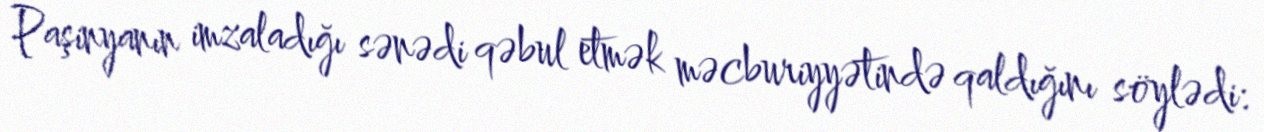
Paşinyanın imzaladığı sənədi qəbul etmək məcburiyyətində qaldığını söylədi: